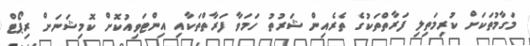
މަގާމުތަކަށް ކުރިމަތިލި ފަރާތްތަކުގެ ތެރެއިން ޝަރުތު ހަމަވާ ފަރާތްތަކާއި އިންޓަވިއުކޮށް ކޮމިޝަނަށް ރިޕޯޓް